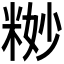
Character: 𱹉